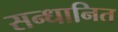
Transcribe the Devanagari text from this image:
सन्धानित